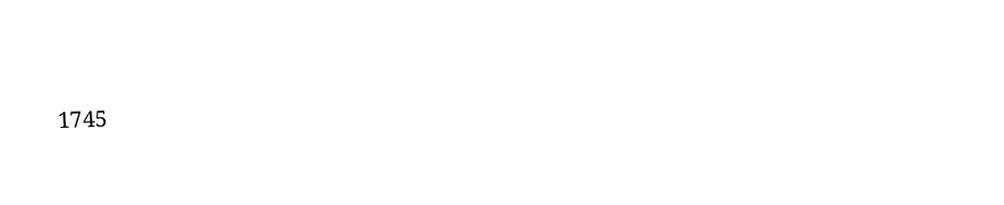

1745